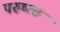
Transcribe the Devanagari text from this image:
परुष्त्व